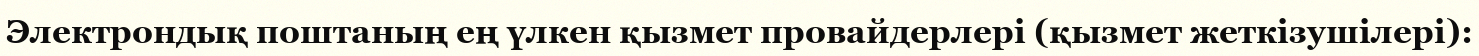
Электрондық поштаның ең үлкен қызмет провайдерлері (қызмет жеткізушілері):